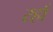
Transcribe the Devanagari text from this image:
रहाँ